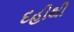
દહીથી